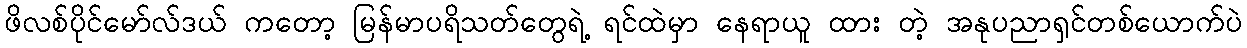
ဖိလစ်ပိုင်မော်လ်ဒယ် ကတော့ မြန်မာပရိသတ်တွေရဲ့ ရင်ထဲမှာ နေရာယူ ထား တဲ့ အနုပညာရှင်တစ်ယောက်ပဲ